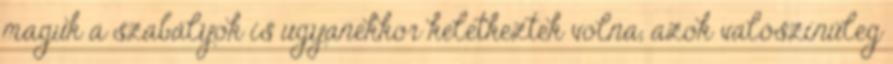
maguk a szabályok is ugyanekkor keletkeztek volna, azok valószínűleg